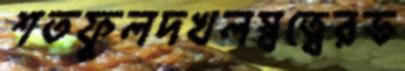
শতফুলদখলস্বত্বেরভ